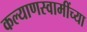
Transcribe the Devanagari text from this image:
कल्याणस्वामींच्या